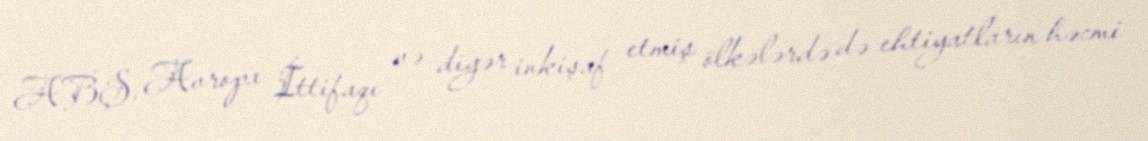
ABŞ, Avropa İttifaqı və digər inkişaf etmiş ölkələrdə də ehtiyatların həcmi